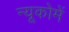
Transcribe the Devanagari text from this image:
न्यूकोमें